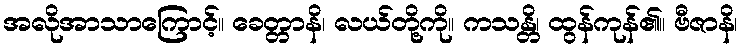
အလိုအာသာကြောင့်။ ခေတ္တာနိ၊ လယ်တို့ကို။ ကသန္တိ၊ ထွန်ကုန်၏။ ဗီဇာနိ၊